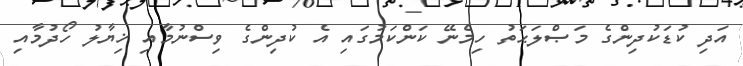
އަދި ކުޑަކުދިންގެ މަޞްލަޙަތު ހިމެނޭ ކަންކަމުގައި އެ ކުދިންގެ ވިސްނުމާއި ޚިޔާލު ހޯދުމާއި